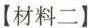
【材料二】